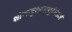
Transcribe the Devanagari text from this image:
शोणापुरान्माथुरंमंडलं